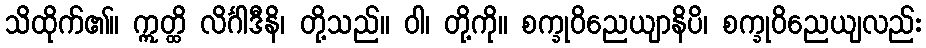
သိထိုက်၏။ ဣတ္ထိ လိင်္ဂါဒီနိ၊ တို့သည်။ ဝါ၊ တို့ကို။ စက္ခုဝိညေယျာနိပိ၊ စက္ခုဝိညေယျလည်း